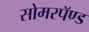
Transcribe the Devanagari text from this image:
सोमरपॅण्ड